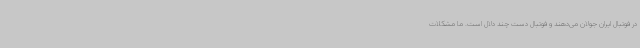
در فوتبال ایران جولان می‌دهند و فوتبال دست چند دلال است. ما مشکلات